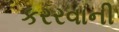
કરરવાની